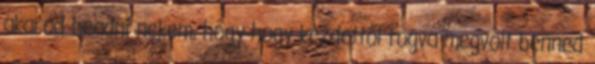
akarod beadni nekem, hogy hogy kezdettől fogva megvolt benned